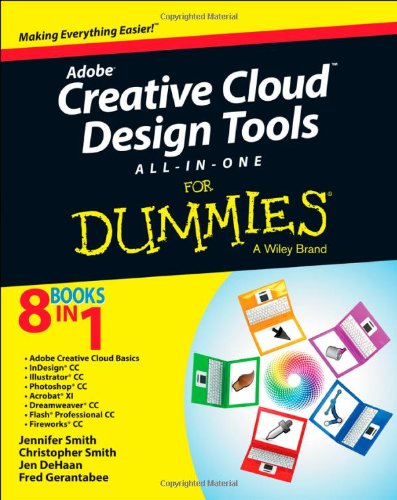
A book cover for Adobe Creative Cloud Design Tools All-in-One For Dummies; Jennifer Smith; Computers & Technology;